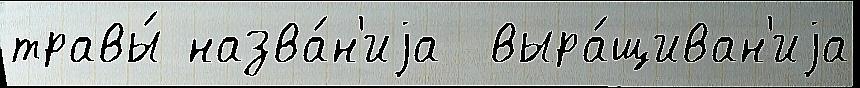
травы́ назва́н'иjа  выра́щиван'иjа